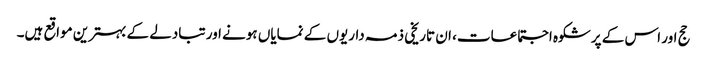
حج اور اس کے پرشکوہ اجتماعات، ان تاریخی ذمہ داریوں کے نمایاں ہونے اور تبادلے کے بہترین مواقع ہیں۔